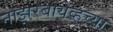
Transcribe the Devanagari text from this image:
नाझरबायेव्हच्या